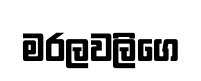
මරලවලිගෙ